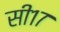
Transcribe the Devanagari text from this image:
सी१७